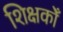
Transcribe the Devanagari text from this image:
शिक्षकोँ